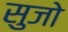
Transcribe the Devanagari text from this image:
सुजो